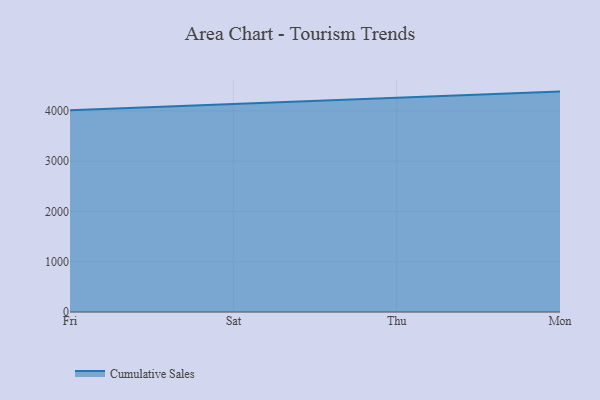
{"axis": {"x": "Day", "y": "Budget (USD K)"}, "legend": ["Cumulative Sales"], "data": [{"x": "Fri", "y": 4014.4, "type": "Cumulative Sales"}, {"x": "Sat", "y": 4142.2, "type": "Cumulative Sales"}, {"x": "Thu", "y": 4263.3, "type": "Cumulative Sales"}, {"x": "Mon", "y": 4384.3, "type": "Cumulative Sales"}]}